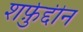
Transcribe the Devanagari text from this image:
शर्फ़ुद्दीन